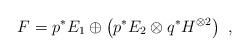
LaTeX: \begin{align*}F = p^*E_1 \oplus \left(p^*E_2 \otimes q^*H^{\otimes2}\right) \ ,\end{align*}